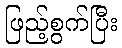
ဖြည့်စွက်ပြီး